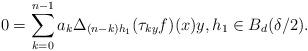
LaTeX: \begin{align*}0= \sum_{k=0}^{n-1}a_k\Delta_{(n-k)h_1}(\tau_{ky}f)(x) y,h_1\in B_{d}(\delta/2).\end{align*}